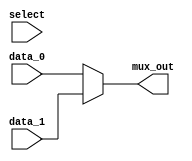
module Mux_2_32_CA (mux_out, data_1, data_0, select);
	  parameter	word_size = 32;
	  output 	[word_size -1: 0] mux_out;
 	  input 	[word_size -1: 0] data_1, data_0;
	  input 			 	select;
	   
	  assign mux_out = enable ? data_1 : data_0;
endmodule